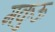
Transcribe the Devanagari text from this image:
मकुऊ